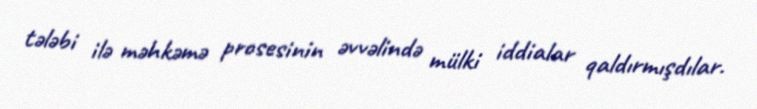
tələbi ilə məhkəmə prosesinin əvvəlində mülki iddialar qaldırmışdılar.